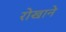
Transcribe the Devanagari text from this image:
रोखाने